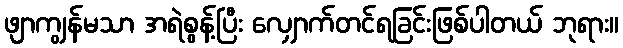
ဖျာကျွန်မသာ အရဲစွန့်ပြီး လျှောက်တင်ရခြင်းဖြစ်ပါတယ် ဘုရား။